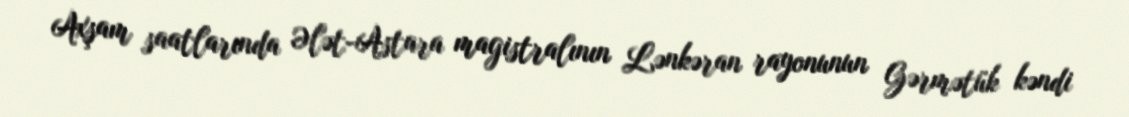
Axşam saatlarında Ələt-Astara magistralının Lənkəran rayonunun Gərmətük kəndi